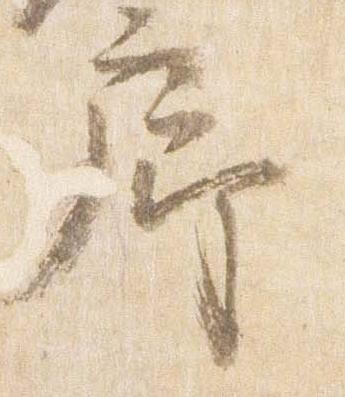
廊